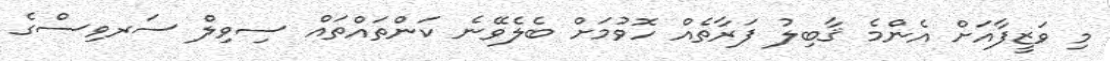
މި ވަޒީފާއަށް އެންމެ ޤާބިލު ފަރާތެއް ހޮވުމަށް ބެލެވޭނެ ކަންތައްތައް ސިވިލް ސަރވިސްގެ